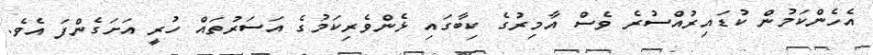
އެހެންކަމުން ކުޑައިރުއްސުރެ ވެސް އާމިރުގެ ކިބާގައި ޅެންވެރިކަމުގެ އަސަރުތައް ހުރީ އަށަގެންފަ އެވެ.